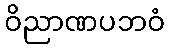
ဝိညာဏပဘဝံ